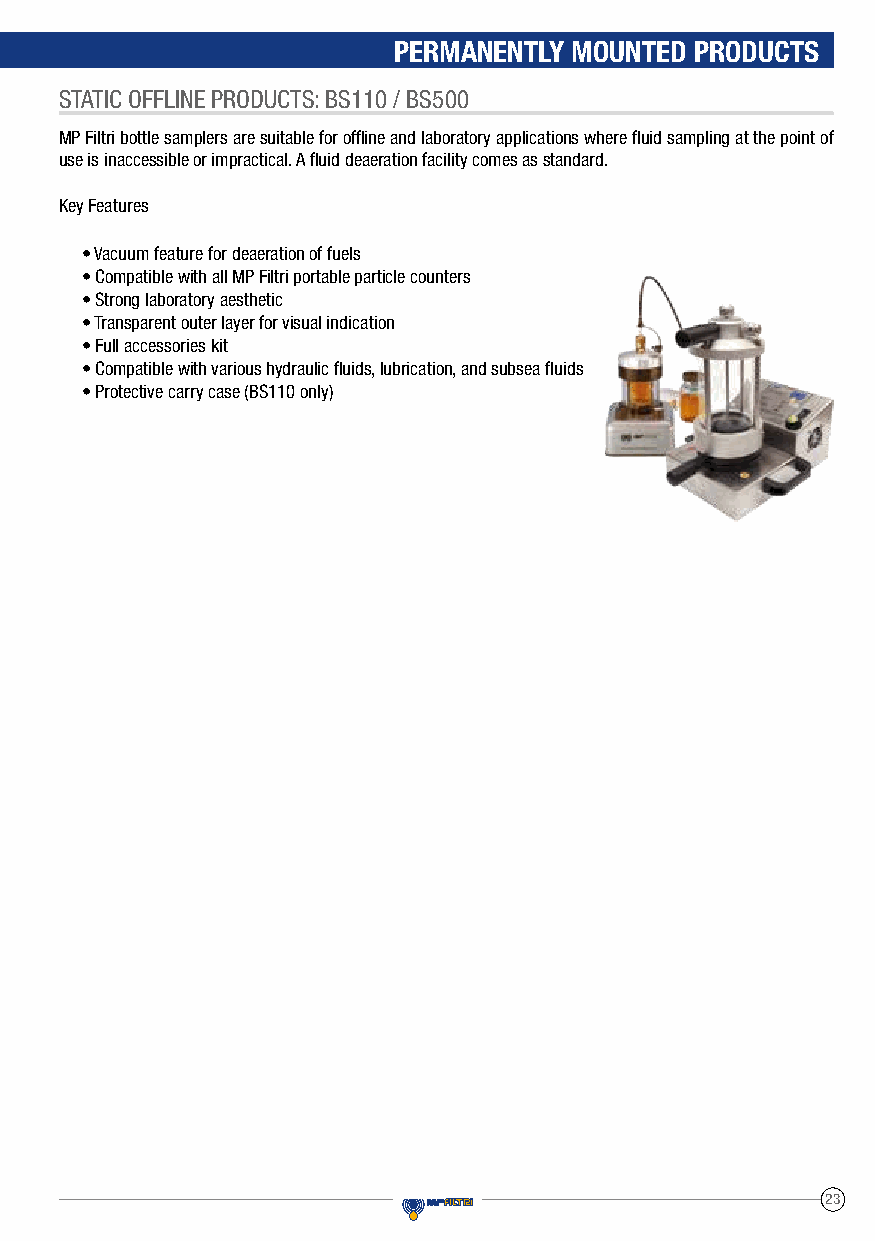
PERMANENTLY MOUNTED PRODUCTS
 STATIC OFFLINE PRODUCTS: BS110 / BS500
 MP Filtri bottle samplers are suitable for offline and laboratory applications where fluid sampling at the point of
 use is inaccessible or impractical. A fluid deaeration facility comes as standard.
 Key Features
 • Vacuum feature for deaeration of fuels
 • Compatible with all MP Filtri portable particle counters
 • Strong laboratory aesthetic
 • Transparent outer layer for visual indication
 • Full accessories kit
 • Compatible with various hydraulic fluids, lubrication, and subsea fluids
 • Protective carry case (BS110 only)
 23